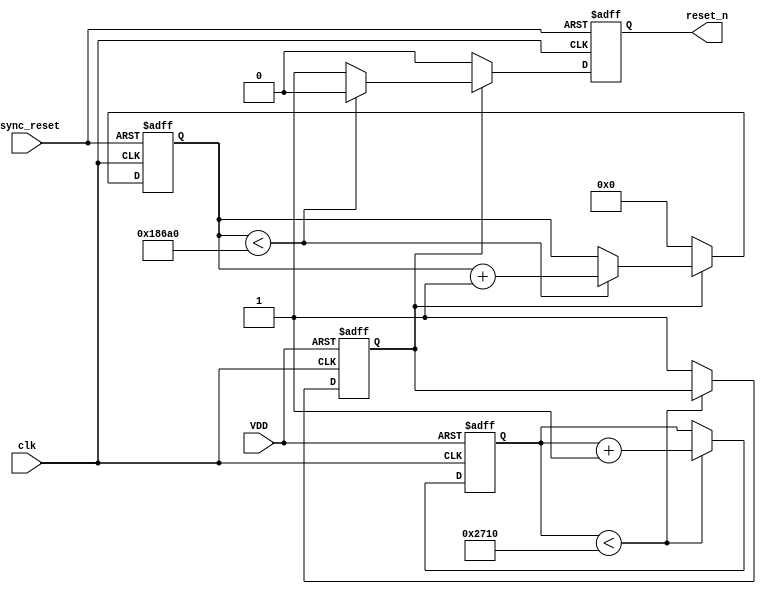
module PowerOnReset (
    input wire VDD,            // Power supply signal
    input wire async_reset,    // Asynchronous reset input
    input wire clk,            // Clock signal
    output reg reset_n         // Active low reset signal
);

    // Parameters
    parameter RESET_DURATION = 100_000; // Duration of reset in clock cycles
    parameter DEBOUNCE_TIME = 10_000;    // Debounce time in clock cycles

    // State variables
    reg [31:0] counter; // Counter for timing
    reg power_stable;   // Indicates if power is stable
    reg debounce_counter; // Counter for debouncing

    // Initial state
    initial begin
        reset_n = 1'b1; // Active low reset signal is deasserted
        counter = 0;
        power_stable = 1'b0;
        debounce_counter = 0;
    end

    // Debouncing logic
    always @(posedge clk or negedge VDD) begin
        if (!VDD) begin
            debounce_counter <= 0; // Reset debounce counter
            power_stable <= 1'b0;   // Power is not stable
        end else if (debounce_counter < DEBOUNCE_TIME) begin
            debounce_counter <= debounce_counter + 1;
        end else begin
            power_stable <= 1'b1; // Power is stable
        end
    end

    // Reset signal generation
    always @(posedge clk or posedge async_reset) begin
        if (async_reset) begin
            reset_n <= 1'b1; // Asynchronous reset deasserts reset_n
            counter <= 0;    // Reset counter
        end else if (!power_stable) begin
            reset_n <= 1'b0; // Assert reset_n if power is not stable
            counter <= 0;     // Reset counter
        end else if (counter < RESET_DURATION) begin
            reset_n <= 1'b0; // Assert reset_n during the reset duration
            counter <= counter + 1; // Increment counter
        end else begin
            reset_n <= 1'b1; // Deassert reset_n after duration
        end
    end

endmodule